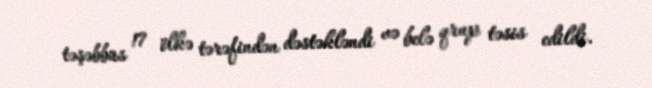
təşəbbüs 17 ölkə tərəfindən dəstəkləndi və belə qrup təsis edildi.